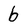
Character: b